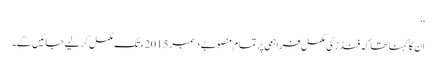
‘‘
ان کا کہنا تھا کہ فنڈز کی مکمل فراہمی پر تمام منصوبے دسمبر 2015ء تک مکمل کر لیے جائیں گے۔